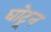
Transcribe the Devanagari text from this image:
घोटून